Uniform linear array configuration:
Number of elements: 48
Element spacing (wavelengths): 1
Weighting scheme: blackman
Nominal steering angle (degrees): -45
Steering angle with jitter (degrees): -45.988
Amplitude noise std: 0.05
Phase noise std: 0.05

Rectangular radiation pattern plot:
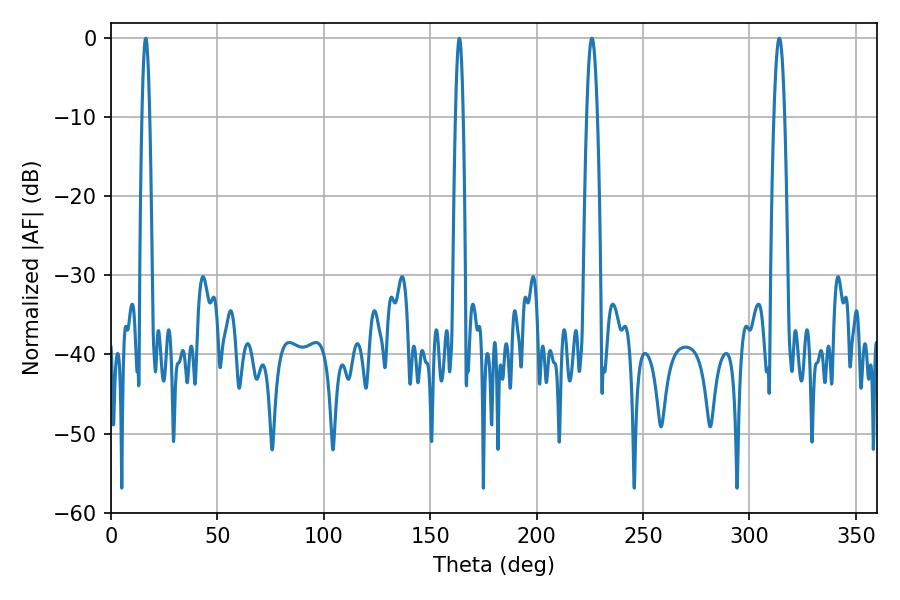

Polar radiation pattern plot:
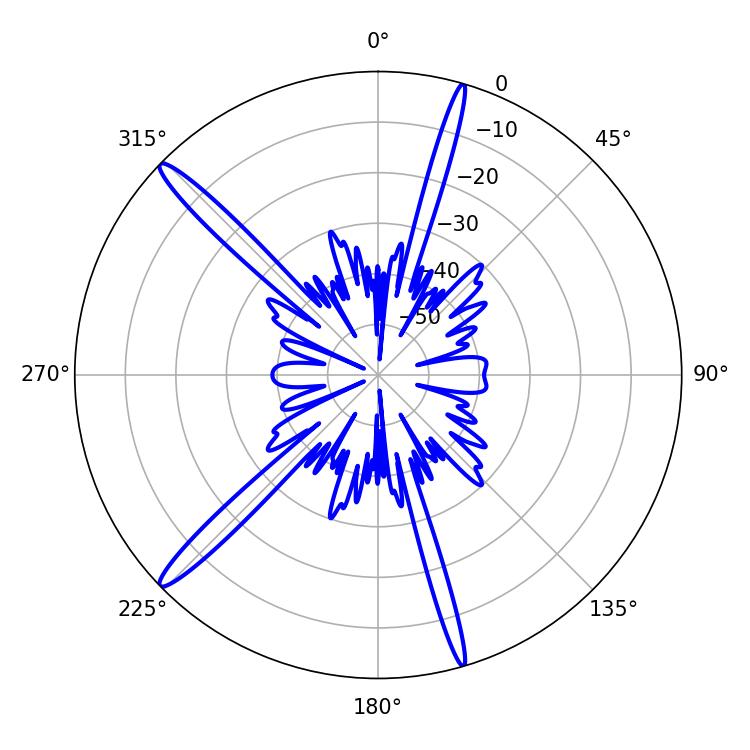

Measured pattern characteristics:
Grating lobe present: TRUE
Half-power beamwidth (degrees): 2.7
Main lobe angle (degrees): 225.9